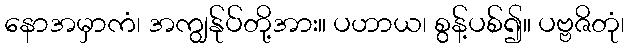
နောအမှာကံ၊ အကျွန်ုပ်တို့အား။ ပဟာယ၊ စွန့်ပစ်၍။ ပဗ္ဗဇိတုံ၊